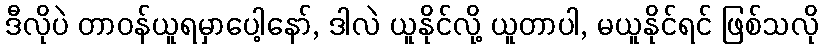
ဒီလိုပဲ တာဝန်ယူရမှာပေါ့နော်, ဒါလဲ ယူနိုင်လို့ ယူတာပါ, မယူနိုင်ရင် ဖြစ်သလို